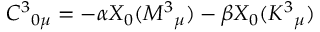
C ^ { 3 } { } _ { 0 \mu } = - \alpha X _ { 0 } ( M ^ { 3 } { } _ { \mu } ) - \beta X _ { 0 } ( K ^ { 3 } { } _ { \mu } )